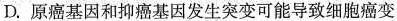
D.原癌基因和抑癌基因发生突变可能导致细胞癌变